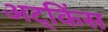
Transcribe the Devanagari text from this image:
अट्किंस